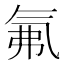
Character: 氟